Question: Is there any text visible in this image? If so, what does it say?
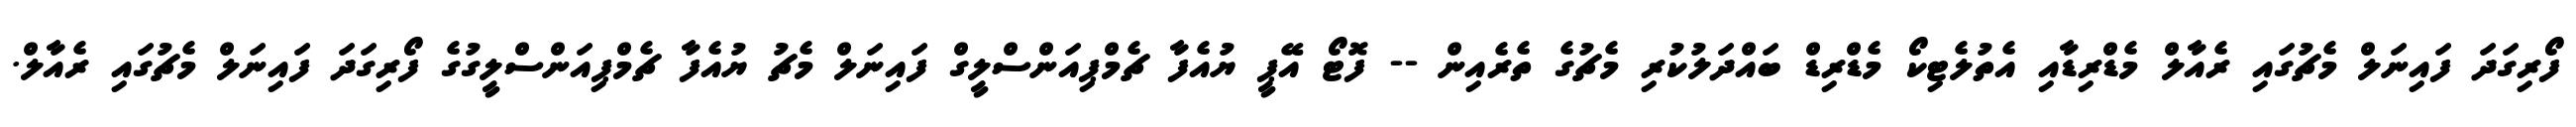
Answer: ފޯރިގަދަ ފައިނަލް މެޗުގައި ރެއާލް މެޑްރިޑާއި އެތުލެޓިކޯ މެޑްރިޑް ބައްދަލުކުރި މެޗުގެ ތެރެއިން -- ފޮޓޯ އޭޕީ ޔުއެފާ ޗެމްޕިއަންސްލީގް ފައިނަލް މެޗު ޔުއެފާ ޗެމްޕިއަންސްލީގުގެ ފޯރިގަދަ ފައިނަލް މެޗުގައި ރެއާލް.